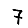
Digit: 7